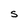
Character: S